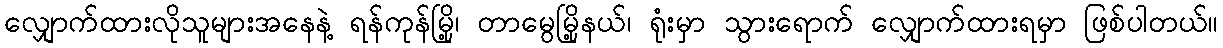
လျှောက်ထားလိုသူများအနေနဲ့ ရန်ကုန်မြို့၊ တာမွေမြို့နယ်၊ ရုံးမှာ သွားရောက် လျှောက်ထားရမှာ ဖြစ်ပါတယ်။